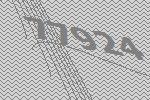
77924